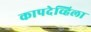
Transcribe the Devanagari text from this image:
कापदेव्हिला